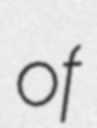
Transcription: of